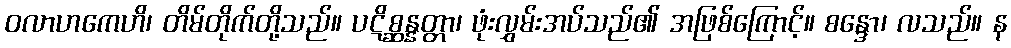
ဝလာဟကေဟိ၊ တိမ်တိုက်တို့သည်။ ပဋိစ္ဆန္နတ္တာ၊ ဖုံးလွှမ်းအပ်သည်၏ အဖြစ်ကြောင့်။ စန္ဒော၊ လသည်။ န